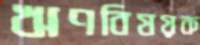
ঋণবিষয়ক